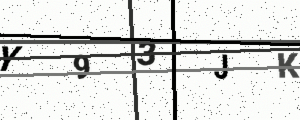
Text: Y93JK